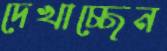
দেখাচ্ছেন